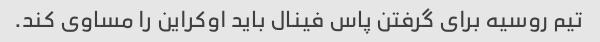
تیم روسیه برای گرفتن پاس فینال باید اوکراین را مساوی کند.